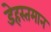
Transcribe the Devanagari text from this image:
डेहस्तमान